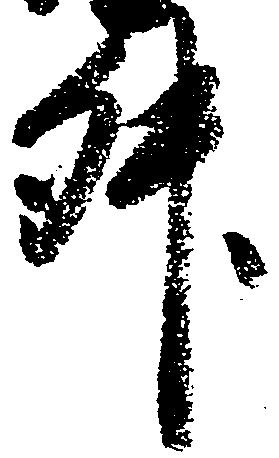
升